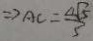
\Rightarrow A C = \frac { 4 \sqrt { 5 } } { 5 }